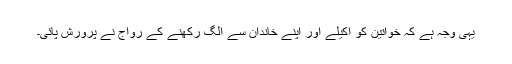
یہی وجہ ہے کہ خواتین کو اکیلے اور اپنے خاندان سے الگ رکھنے کے رواج نے پرورش پائی۔